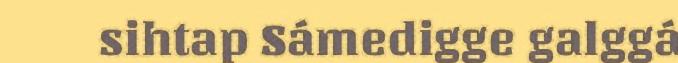
sihtap Sámedigge galggá